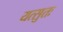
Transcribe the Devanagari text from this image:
यत्सुतः